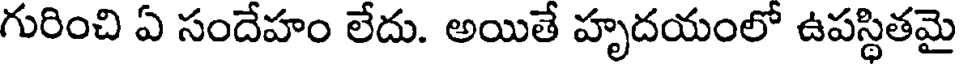
గురించి ఏ సందేహం లేదు. అయితే హృదయంలో ఉపస్థితమై